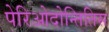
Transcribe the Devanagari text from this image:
पेरिओदोन्तितिस